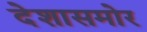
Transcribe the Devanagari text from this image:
देशासमोर